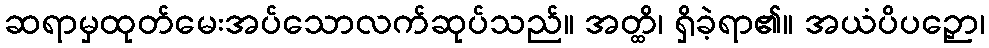
ဆရာမှထုတ်မေးအပ်သောလက်ဆုပ်သည်။ အတ္ထိ၊ ရှိခဲ့ရာ၏။ အယံပိပဉှော၊